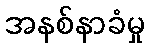
အနစ်နာခံမှု